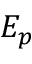
E _ { p }